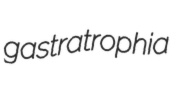
gastratrophia